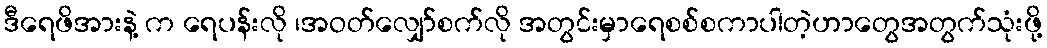
ဒီရေဖိအားနဲ့ က ရေပန်းလို ၊အဝတ်လျှော်စက်လို အတွင်းမှာရေစစ်စကာပါတဲ့ဟာတွေအတွက်သုံးဖို့